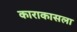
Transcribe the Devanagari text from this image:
काराकासला